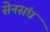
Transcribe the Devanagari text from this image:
सेनसंघ